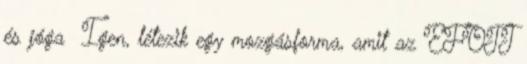
és jóga Igen, létezik egy mozgásforma, amit az EFOTT